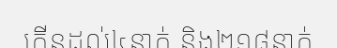
កើនដល់៤នាក់ និង២១៨នាក់